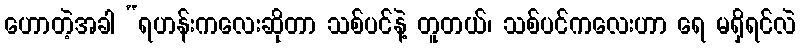
ဟောတဲ့အခါ “ရဟန်းကလေးဆိုတာ သစ်ပင်နဲ့ တူတယ်၊ သစ်ပင်ကလေးဟာ ရေ မရှိရင်လဲ